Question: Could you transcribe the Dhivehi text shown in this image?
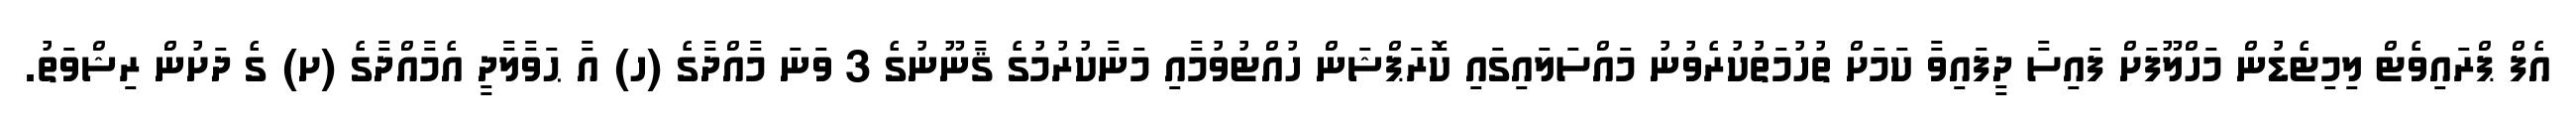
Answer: އެފް ޕްރައިވެޓް ލިމިޓެޑުން މަހްލޫފަށް ފައިސާ ދީފައިވާ ކަމަށް ތުހުމަތުކުރެވުނު މައްސަލައިގައި ކޮރަޕްޝަން ހުއްޓުވުމާއި މަނާކުރުމުގެ ޤާނޫނުގެ 3 ވަނަ މާއްދާގެ (ހ) އާ ޙަވާލާދީ އެމާއްދާގެ (ށ) ގެ ދަށުން ރިޝްވަތު.